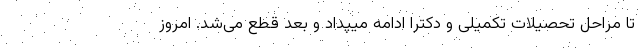
تا مراحل تحصیلات تکمیلی و دکترا ادامه میپداد و بعد قطع می‌شد. امروز